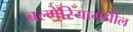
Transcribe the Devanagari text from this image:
बल्गेरियामधील